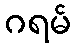
ဂရမ်